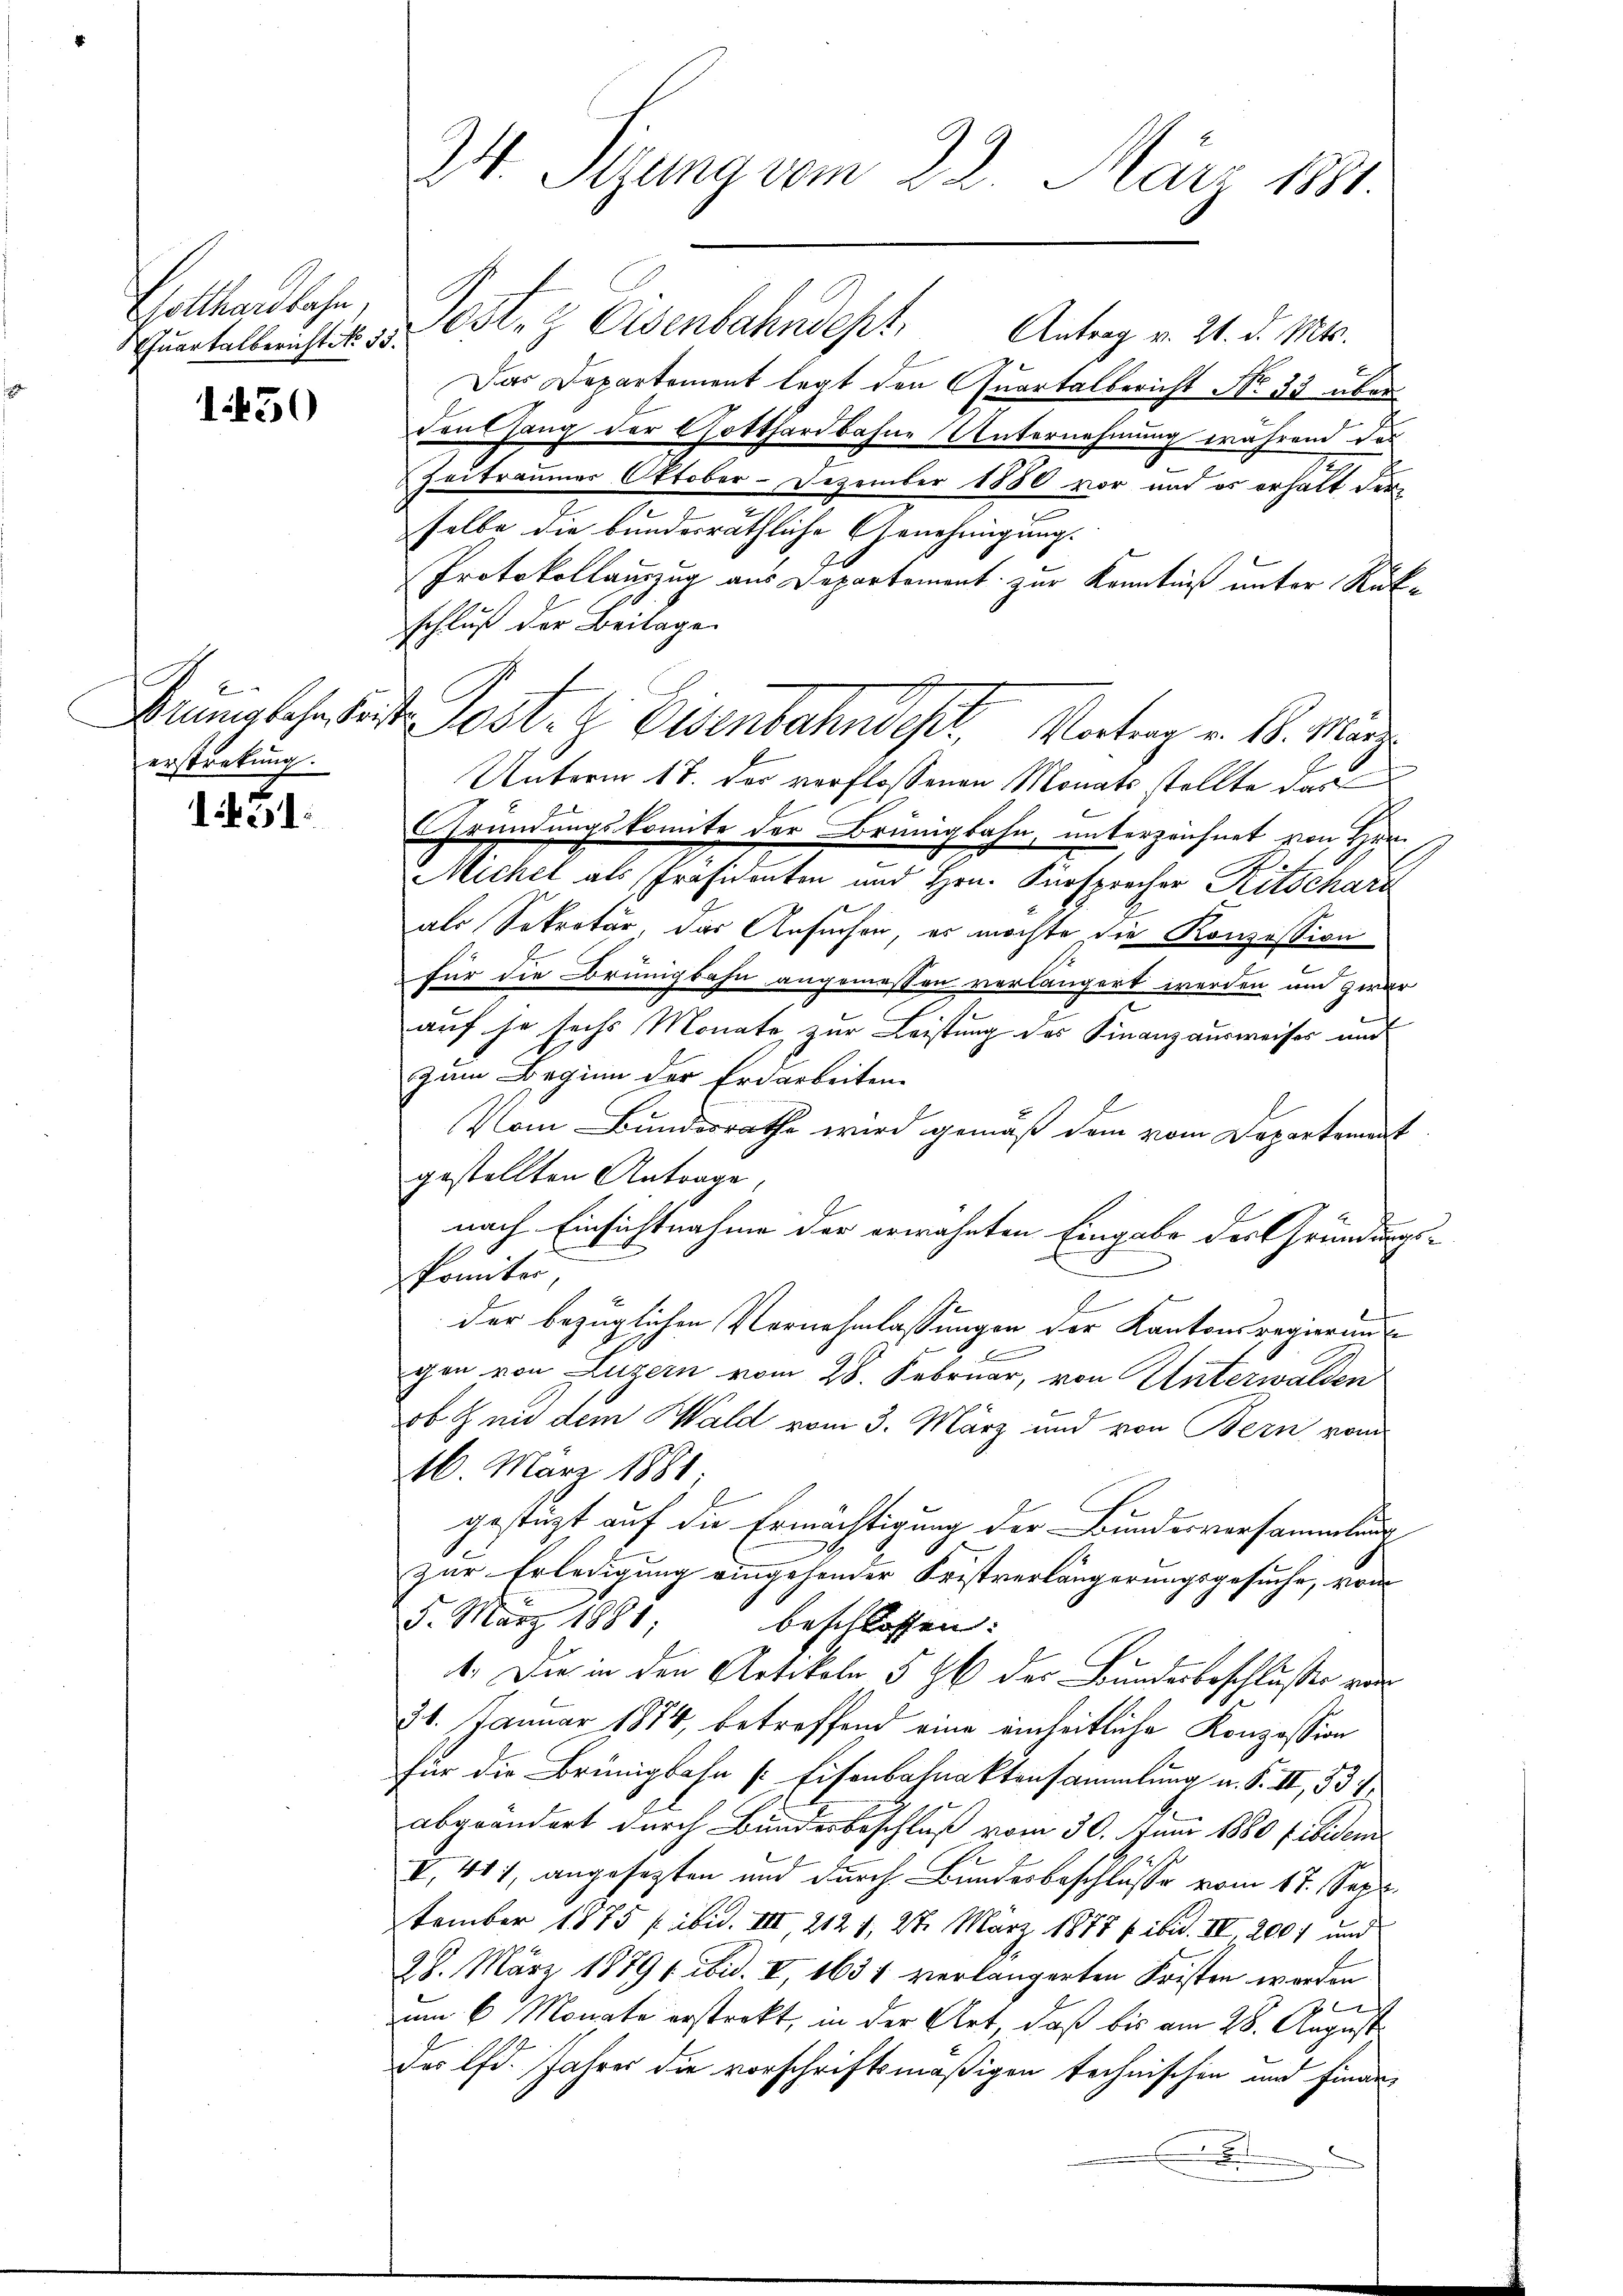
Gotthardbahn,
Quartalbericht No. 53.

1450

6
erstrekung.

1451.

Gost. Eisenbahndept. Antrag v. 21. d. Mts.
Das Departement legt den Quartalbericht No 33 über
vent hang der Gotthardbahne Unternehmung während das
Zeitraumer Oktober-Dezember 1880 vor und es erhalt der
selbe die bundesräthliche Genehmigung.
Protokollauszug aus Departement zur Kenntniß unter Rükschluß der Beilage
Mennglehrheit. Post- & Eisenbahndest. Vortrag v. 6. März
Unterm 17. des verflossenen Monats stellte das
Gründungskomite der Brünigbahn, unterzeichnet von Hrn.
Michel als Präsidenten und Hrn. Fürsprecher Ritschari
als Sekretär, das Ansuchen, es möchte die Konzession
für die Brünigbahn angemessen verlängert werden um zwar
auf je sechs Monate zur Leistung des Finanzausweises und
zum Beginn der Erdarbeiten.
Vom Bundesrathe wird gemäß dem vom Departement
gestellten Antrage,
nach Einsichtnahme der erwähnten Eingabe des Gründungs¬
Pomiter,
der bezüglichen Vernehmlassungen der Kantonsregierung
gen von Luzern vom 28. Februar, von Unterwalden
ob & mit dem Wald vom 3. März und von Bern vom
16. März 1881
gestüzt auf die Ermächtigung der Bundesversammlung
.
zur Erledigung eingehender Fristverlängerungsgesuche, vom
5. März 1881, beschlossen:
1. Die in den Artikeln § 96 der Bundesbeschlusser von
31. Januar 1874, betreffend eine einheitliche Konzession
für die Brünigbahn Eisenbahnaktensammlung u. S. II, 537.
abgeändert durch Bundesbeschluß vom 30. Juni 1880 fibidem
I. 411, angesezten und durch Bundesbeschlüsse vom 17. Sept.
tember 1875 f. ibid. VIII, 2121, 27. März 1877 f. ibid. II, 2004 und
28. März 18791 ibid. I, 1634 verlängerten Fristen werden
l
um 6 Monate erstrekt, in der Art, daß bis am 28. August
des lfd. Jahres die vorschriftsmäßigen technischen und Finant

24. Sitzung vom 22. März 1881.